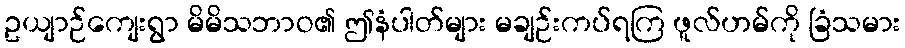
ဥယျာဉ်ကျေးရွာ မိမိသဘာဝ၏ ဤနံပါတ်များ မချဉ်းကပ်ရကြ ဖူလ်ဟမ်ကို ခြံသမား